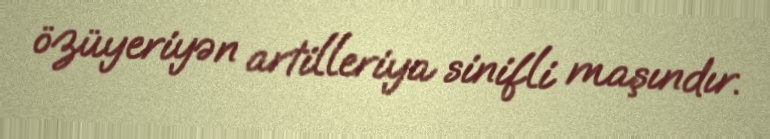
özüyeriyən artilleriya sinifli maşındır.